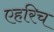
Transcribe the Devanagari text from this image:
एहरिच